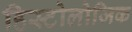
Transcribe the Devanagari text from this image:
हिस्टोलोजिक